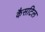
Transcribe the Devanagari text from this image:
कैसटिल